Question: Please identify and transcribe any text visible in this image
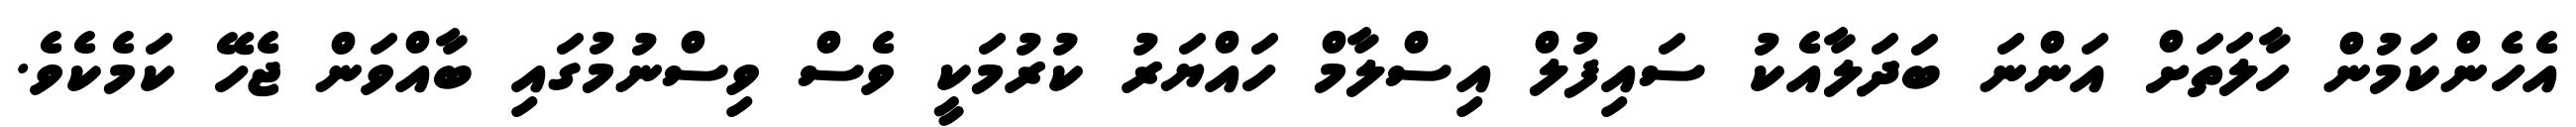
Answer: އެހެންކަމުން ހާލަތަށް އަންނަ ބަދަލާއެކު ސައިފުލް އިސްލާމް ހައްޔަރު ކުރުމަކީ ވެސް ވިސްނުމުގައި ބާއްވަން ޖެހޭ ކަމެކެވެ.